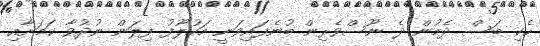
ހެކި ބަސް ދެމުން ދެ ނޫސްވެރިން ބުނެފައިވަނީ މަހުލޫފު ފިލަން ނުދުވާ ކަމަށާއި